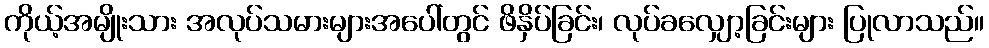
ကိုယ့်အမျိုးသား အလုပ်သမားများအပေါ်တွင် ဖိနှိပ်ခြင်း၊ လုပ်ခလျှော့ခြင်းများ ပြုလာသည်။